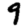
Digit: 9